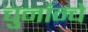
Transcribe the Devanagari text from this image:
चुनांन्चे